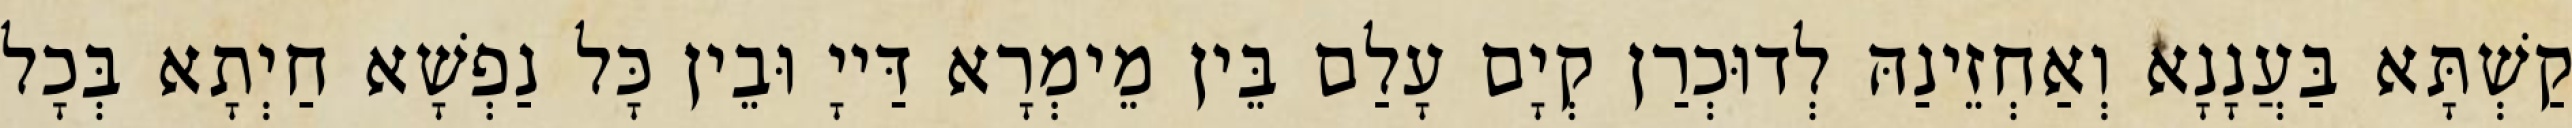
קַשְׁתָּא בַּעֲנָנָא וְאַחְזֵינַהּ לְדוּכְרַן קְיָם עָלַם בֵּין מֵימְרָא דַּייָ וּבֵין כָּל נַפְשָׁא חַיְתָא בְּכָל